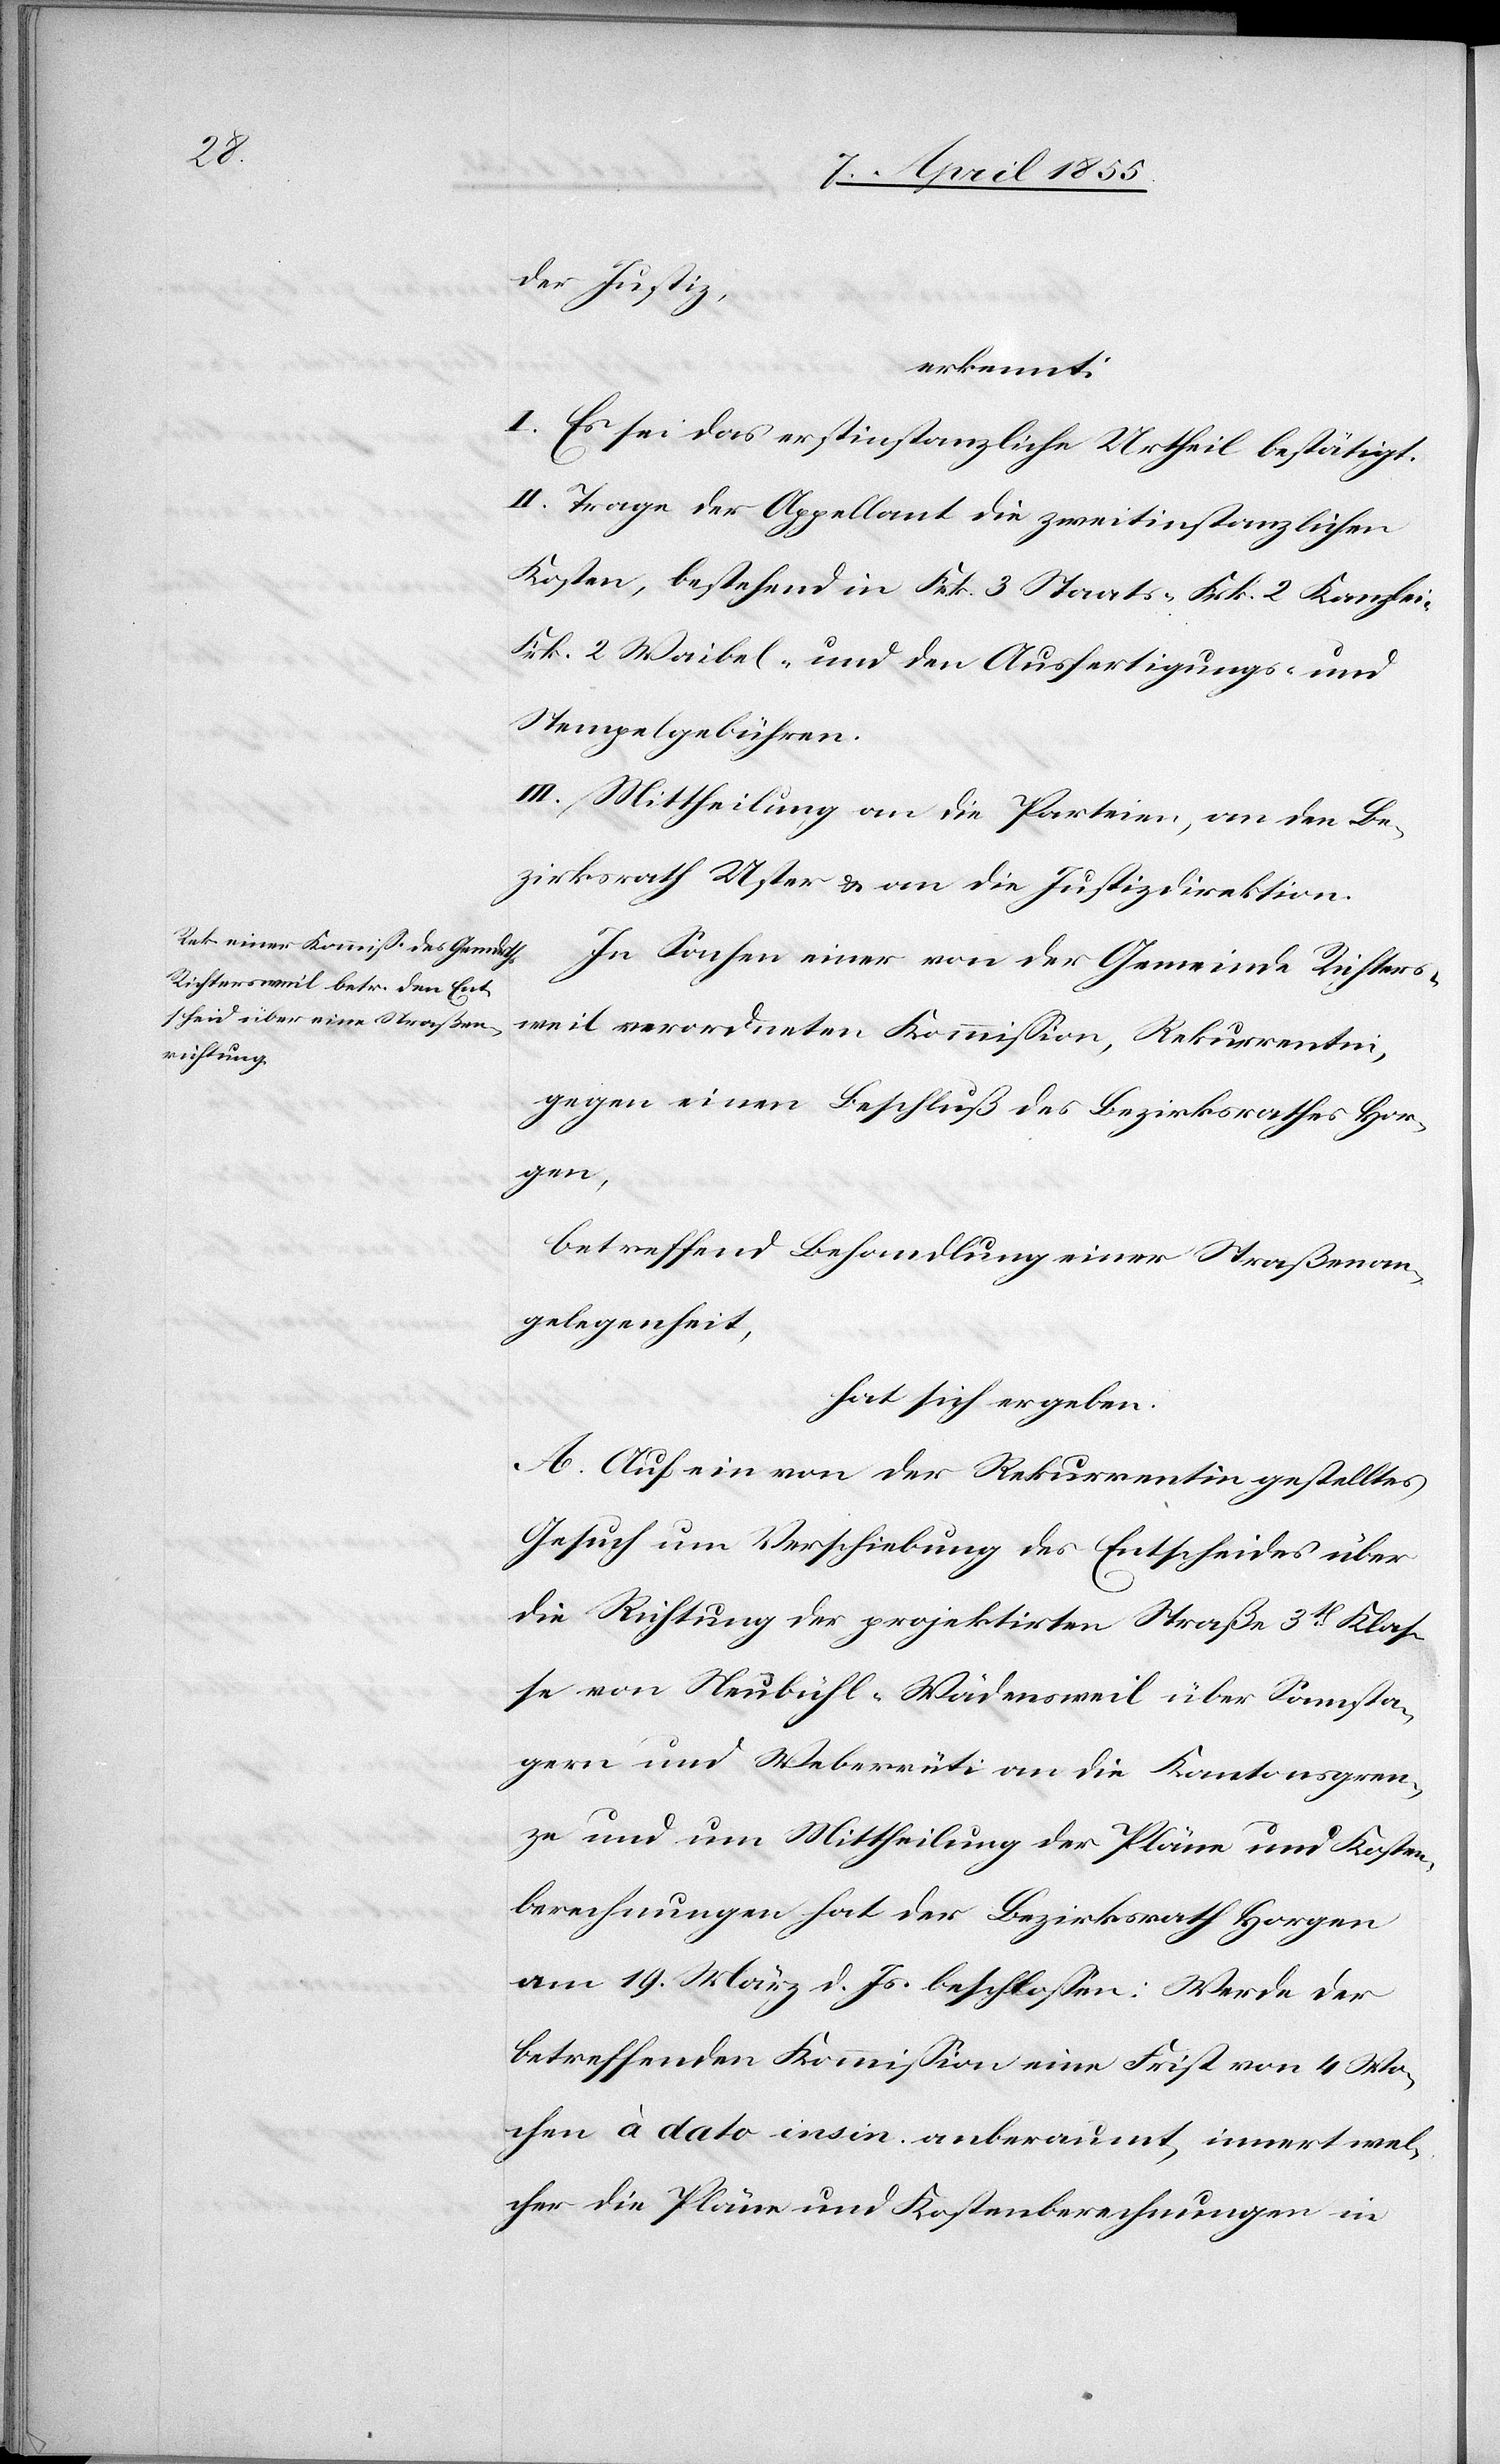
der Justiz,
erkennt:
I. Es sei das erstinstanzliche Urtheil bestätigt.
II. Trage der Appellant die zweitinstanzlichen
Kosten, bestehend in Frk. 3 Staats-[,] Frk. 2 Kanzlei-[,]
Frk. 2 Waibel- und den Ausfertigungs- und
Stempelgebühren.
III. Mittheilung an die Parteien, an den Be¬
zirksrath Uster & an die Justizdirektion.
In Sachen einer von der Gemeinde Richters¬
weil verordneten Kommission, Rekurrentin,
gegen einen Beschluß des Bezirksrathes Hor¬
gen,
betreffend Behandlung einer Straßenan¬
gelegenheit,
hat sich ergeben:
A. Auf ein von der Rekurrentin gestelltes
Gesuch um Verschiebung des Entscheides über
die Richtung der projektirten Straße 3t. Klas¬
se von Neubühl-Wädensweil über Samsta¬
gern und Weberrüti an die Kantonsgren¬
ze und um Mittheilung der Pläne und Kosten¬
berechnungen hat der Bezirksrath Horgen
am 19. März d. Js. beschlossen: Werde der
betreffenden Kommission eine Frist von 4 Wo¬
chen à dato insin. anberaumt, innert wel¬
cher die Pläne und Kostenberechnungen in